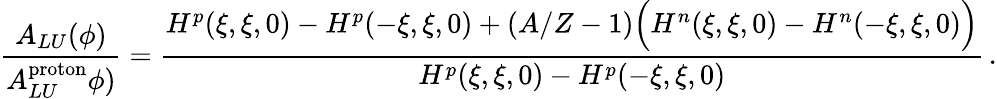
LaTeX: \frac{A_{LU}(\phi)}{A_{LU}^{\mathrm{proton}}\phi)}=\frac{H^{p}(\xi,\xi,0)-H^{p}(-\xi,\xi,0)+(A/Z-1)\Big(H^{n}(\xi,\xi,0)-H^{n}(-\xi,\xi,0)\Big)}{H^{p}(\xi,\xi,0)-H^{p}(-\xi,\xi,0)}\, .